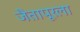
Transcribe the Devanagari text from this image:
जैतापूरला